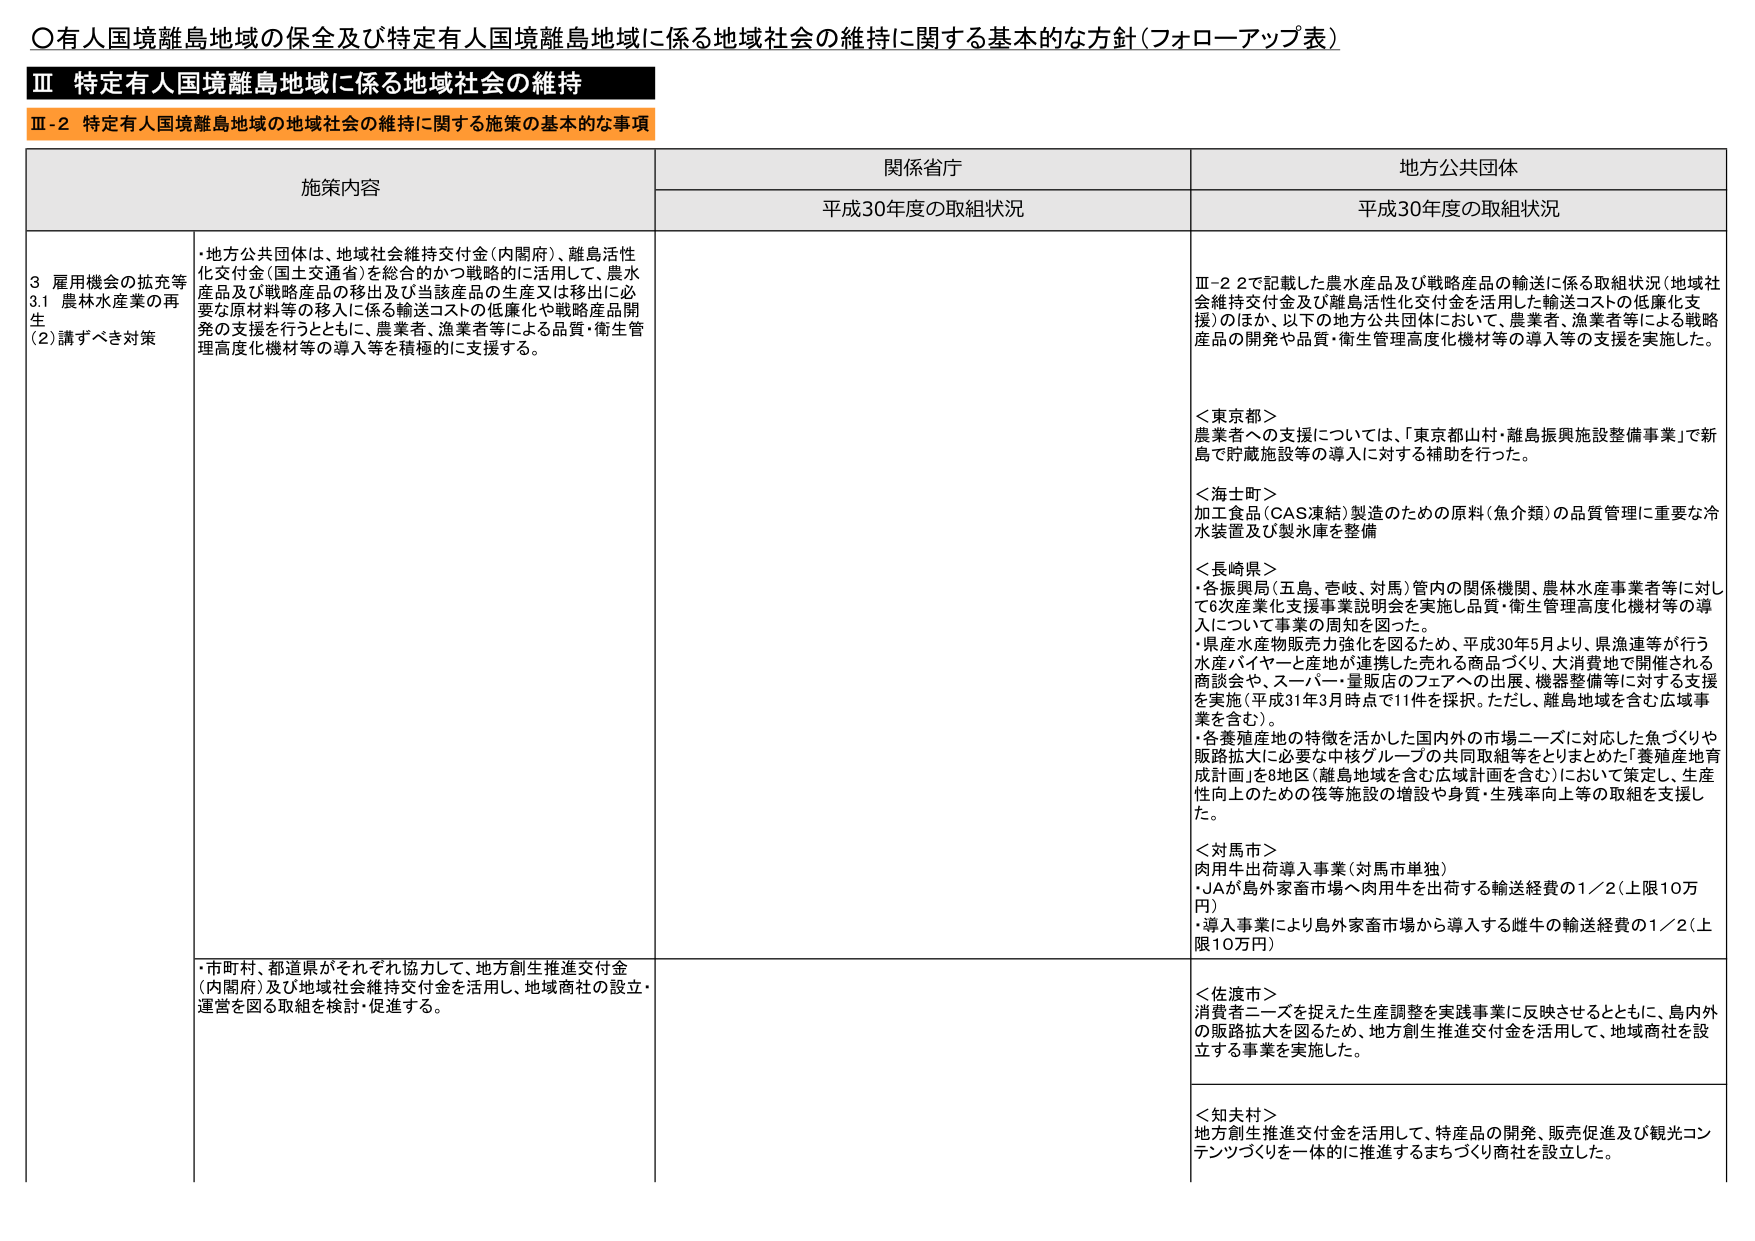
〇有人国境離島地域の保全及び特定有人国境離島地域に係る地域社会の維持に関する基本的な方針（フォローアップ表）

Ⅲ 特定有人国境離島地域に係る地域社会の維持

Ⅲ-2 特定有人国境離島地域の地域社会の維持に関する施策の基本的な事項

施策内容 関係省庁 地方公共団体
平成30年度の取組状況 平成30年度の取組状況

3 雇用機会の拡充等
3.1 農林水産業の再生
(2)講ずべき対策
・地方公共団体は、地域社会維持交付金（内閣府）、離島活性化交付金（国土交通省）を総合的かつ戦略的に活用して、農水産品及び戦略産品の移出及び当該産品の生産又は移出に必要な原材料等の移入に係る輸送コストの低廉化や戦略産品開発の支援を行うとともに、農業者、漁業者等による品質・衛生管理高度化機材等の導入等を積極的に支援する。

Ⅲ-2 で記載した農水産品及び戦略産品の輸送に係る取組状況（地域社会維持交付金及び離島活性化交付金を活用した輸送コストの低廉化支援）のほか、以下の地方公共団体において、農業者、漁業者等による戦略産品の開発や品質・衛生管理高度化機材等の導入等の支援を実施した。

＜東京都＞
農業者への支援については、「東京都山村・離島振興施設整備事業」で新島で貯蔵施設等の導入に対する補助を行った。

＜海士町＞
加工食品（CAS凍結）製造のための原料（魚介類）の品質管理に重要な冷水装置及び製氷庫を整備

＜長崎県＞
・各振興局（五島、壱岐、対馬）管内の関係機関、農林水産事業者等に対して6次産業化支援事業説明会を実施し品質・衛生管理高度化機材等の導入について事業の周知を図った。
・県産水産物販売力強化を図るため、平成30年5月より、県漁連等が行う水産バイヤーと産地が連携した売れる商品づくり、大消費地で開催される商談会や、スーパー・量販店のフェアへの出展、機器整備等に対する支援を実施（平成31年3月時点で11件を採択。ただし、離島地域を含む広域事業を含む）。
・各養殖産地の特徴を活かした国内外の市場ニーズに対応した魚づくりや販路拡大に必要な中核グループの共同取組等をとりまとめた「養殖産地育成計画」を8地区（離島地域を含む広域計画を含む）において策定し、生産性向上のための筏等施設の増設や身質・生残率向上等の取組を支援した。

＜対馬市＞
肉用牛出荷導入事業（対馬市単独）
・JAが島外家畜市場へ肉用牛を出荷する輸送経費の1／2（上限10万円）
・導入事業により島外家畜市場から導入する雌牛の輸送経費の1／2（上限10万円）

・市町村、都道県がそれぞれ協力して、地方創生推進交付金（内閣府）及び地域社会維持交付金を活用し、地域商社の設立・運営を図る取組を検討・促進する。

＜佐渡市＞
消費者ニーズを捉えた生産調整を実践事業に反映させるとともに、島内外の販路拡大を図るため、地方創生推進交付金を活用して、地域商社を設立する事業を実施した。

＜知夫村＞
地方創生推進交付金を活用して、特産品の開発、販売促進及び観光コンテンツづくりを一体的に推進するまちづくり商社を設立した。